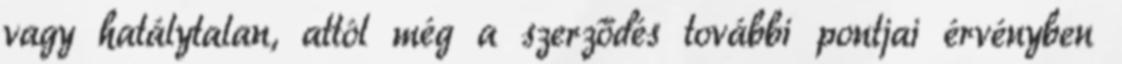
vagy hatálytalan, attól még a szerződés további pontjai érvényben